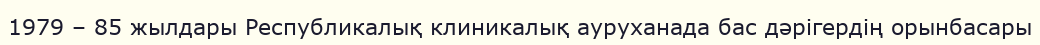
1979 – 85 жылдары Республикалық клиникалық ауруханада бас дәрігердің орынбасары